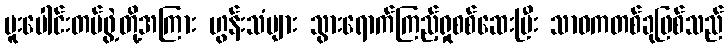
ပူးပေါင်းတပ်ဖွဲ့တို့အကြား ဟွန်းသံများ သွားရောက်ကြည့်ရှုစစ်ဆေးပြီး သာဓကတစ်ခုဖြစ်သည်